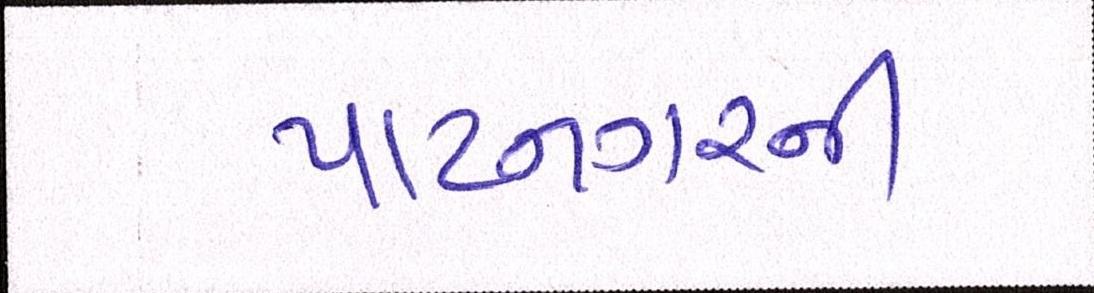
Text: પાટનગરની